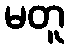
မတူ